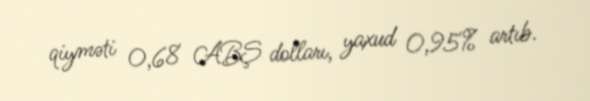
qiyməti 0,68 ABŞ dolları, yaxud 0,95% artıb.